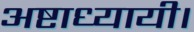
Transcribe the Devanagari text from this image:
अष्टाध्यायी।